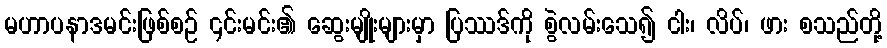
မဟာပနာဒမင်းဖြစ်စဉ် ၎င်းမင်း၏ ဆွေးမျိုးများမှာ ပြဿဒ်ကို စွဲလမ်းသေ၍ ငါး၊ လိပ်၊ ဖား စသည်တို့